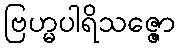
ဗြဟ္မပါရိသဇ္ဇော